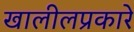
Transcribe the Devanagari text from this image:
खालीलप्रकारे